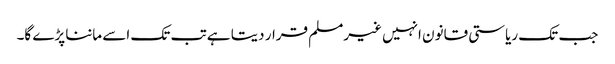
جب تک ریاستی قانون انہیں غیرمسلم قرار دیتا ہے تب تک اسے ماننا پڑے گا۔